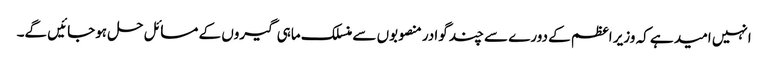
انہیں امید ہے کہ وزیر اعظم کے دورے سے چند گوادر منصوبوں سے منسلک ماہی گیروں کے مسائل حل ہوجائیں گے۔